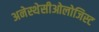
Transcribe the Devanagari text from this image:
अनेस्थेसीओलोजिस्ट